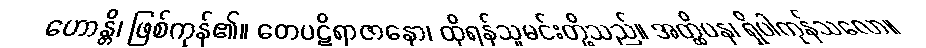
ဟောန္တိ၊ ဖြစ်ကုန်၏။ တေပဋိရာဇာနော၊ ထိုရန်သူမင်းတို့သည်။ အတ္ထိပန၊ ရှိပါကုန်သလော။